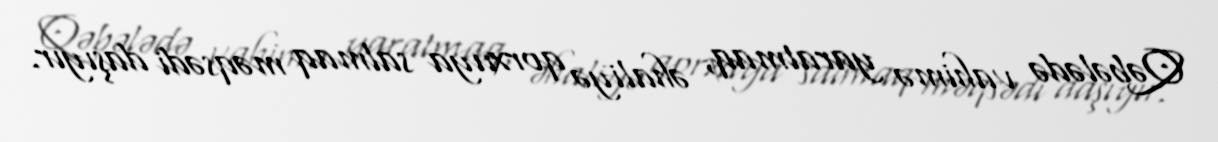
Qəbələdə vahimə yaratmaq, əhaliyə qorxuya salmaq məqsədi daşıyır.